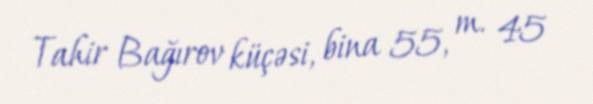
Tahir Bağırov küçəsi, bina 55, m. 45